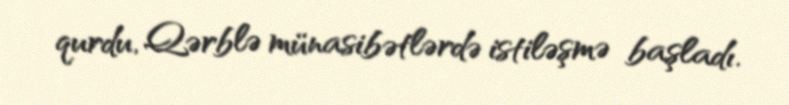
qurdu, Qərblə münasibətlərdə istiləşmə başladı.